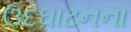
ઉદઘાટનના